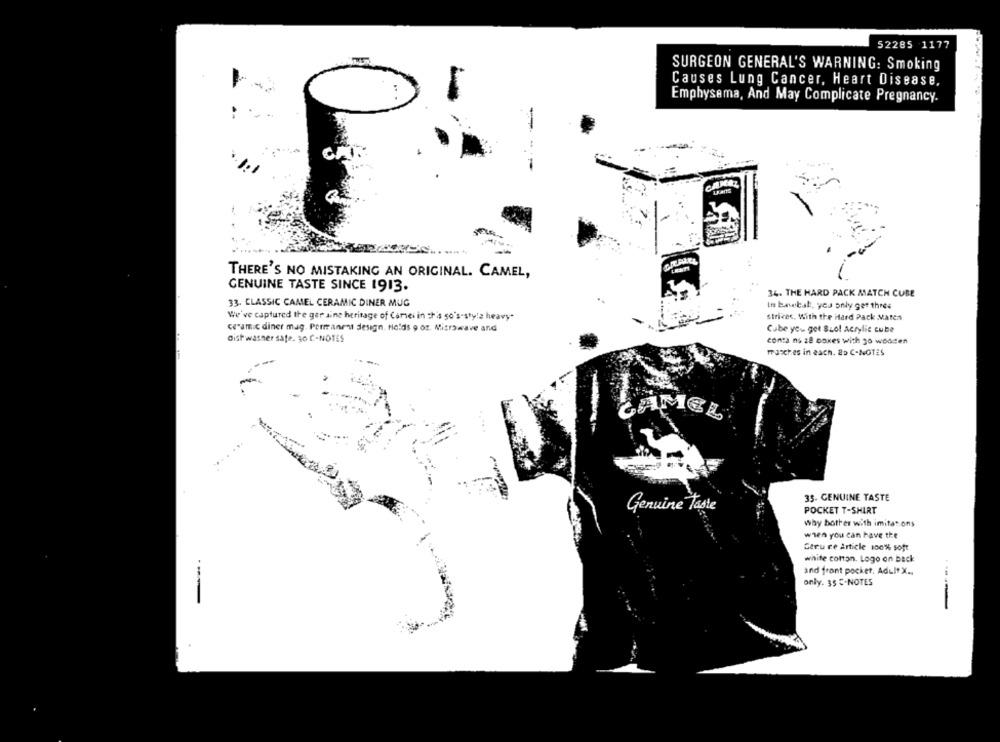
52285 1177
SURGEON GENERAL'S WARNING: Smoking
Causes Lung Cancer, Heart Disease,
Emphysema, And May Complicate Pregnancy.
CR.ALLL
THERE'S NO MISTAKING AN ORIGINAL. CAMEL,
GENUINE TASTE SINCE 1913.
34. THE HARD PACK MATCH CUBE
33. CLASSIC CAMEL CERAMIC DINER MUG
In babal, you only get three
We've captured the ger aine heritage of Comsei in ch's so's-sty!z heavy"
strikes. With the Hard Pack Mates
ceramic diner mag. Permanent design, Holds 9 or. Microwave and
Cube you get Szol Acrylic cube
Oist washer safe. 30 C-NOTES
conta ns 28 boxes with 30 wooden
manches in each. 25 C-NOTES
JAMEL
35. GENUINE TASTE
Genuine Taste
POCKET T-SHIRT
why bother with imitat ons
when you can have the
Geru ce Article 100% soft
white cotton. Logo on back
...
and front pocket. Adult X ..
only. 35 ℃-NOTES
----